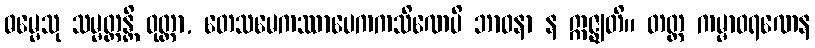
ဓမ္မေသု သမ္မတ္တန္တိ ဝုတ္တာ, တေသမေကဿာပေကကသိဏေပိ ဘာဝနာ န ဣဇ္ဈတိ။ တတ္ထ ကမ္မာဝရဏေန